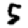
Digit: 5